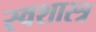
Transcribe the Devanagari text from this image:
स्वशास्त्र